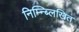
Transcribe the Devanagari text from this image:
निम्न्ब्लिखित